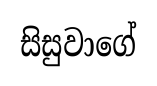
සිසුවාගේ